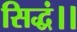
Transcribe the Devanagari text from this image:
सिद्धं।।